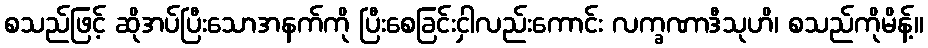
စသည်ဖြင့် ဆိုအပ်ပြီးသောအနက်ကို ပြီးစေခြင်းငှါလည်းကောင်း လက္ခဏာဒီသုဟိ၊ စသည်ကိုမိန့်။